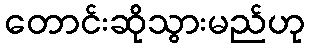
တောင်းဆိုသွားမည်ဟု